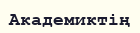
Академиктің